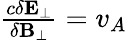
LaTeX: \begin{array}{r}{\frac{c\delta\mathbf{E}_{\perp}}{\delta\mathbf{B}_{\perp}}=v_{A}}\end{array}